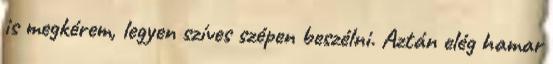
is megkérem, legyen szíves szépen beszélni. Aztán elég hamar